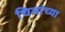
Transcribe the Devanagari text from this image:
चिजांच्या